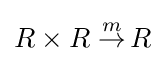
R\times R\;{\stackrel {m}{\to }}\,R